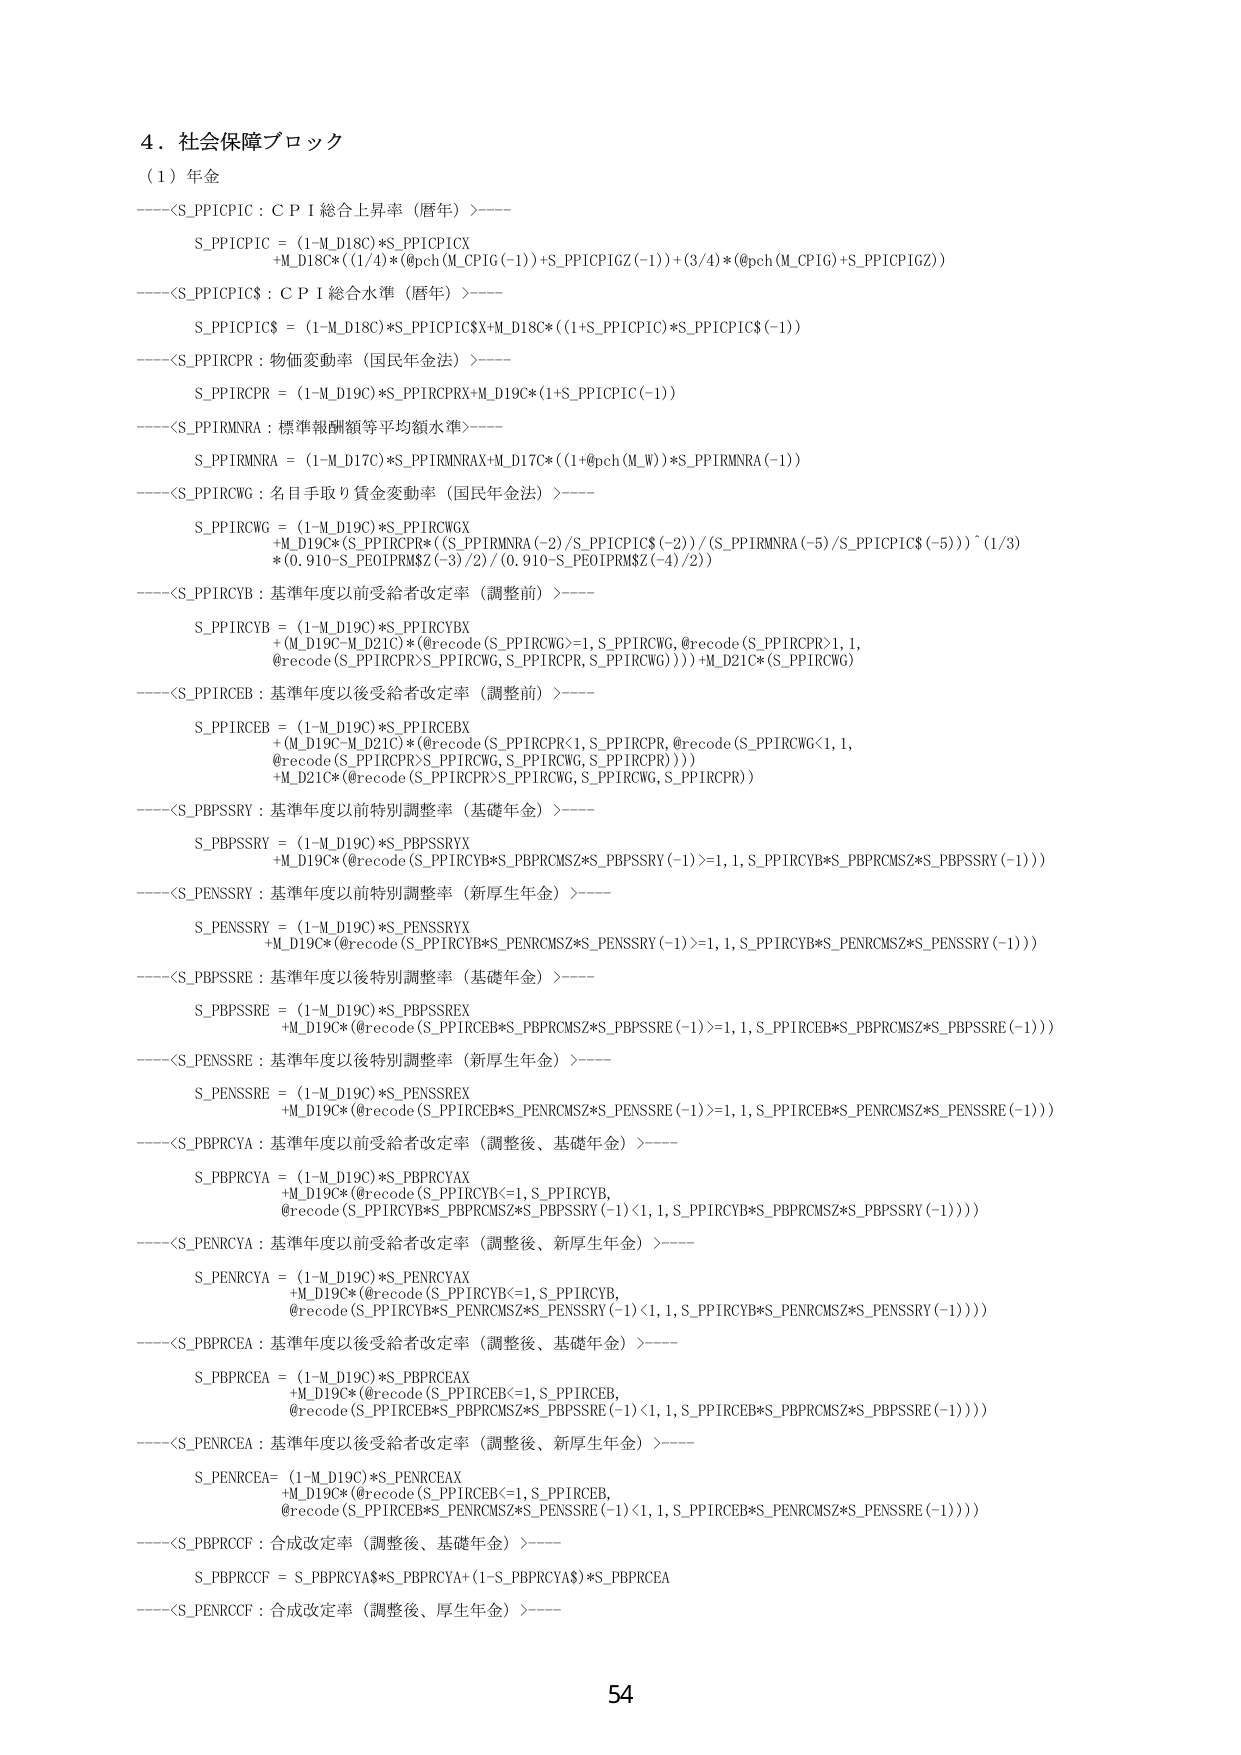
4．社会保障ブロック
（1）年金
----<S_PPICPIC：ＣＰＩ総合上昇率（暦年）>----
S_PPICPIC = (1-M_D18C)*S_PPICPICX
+M_D18C*((1/4)*(@pch(M_CPIG(-1))+S_PPICPIC1GZ(-1))+(3/4)*(@pch(M_CPIG)+S_PPICPIC1GZ))

----<S_PPICPIC$：ＣＰＩ総合水準（暦年）>----
S_PPICPIC$ = (1-M_D18C)*S_PPICPIC$X+M_D18C*((1+S_PPICPIC)*S_PPICPIC$(-1))

----<S_PPIRCPR：物価変動率（国民年金法）>----
S_PPIRCPR = (1-M_D19C)*S_PPIRCPRX+M_D19C*(1+S_PPICPIC(-1))

----<S_PPIRMNRA：標準報酬額等平均額水準>----
S_PPIRMNRA = (1-M_D17C)*S_PPIRMNMAX+M_D17C*((1+@pch(M_W))*S_PPIRMNRA(-1))

----<S_PPIRCWG：名目手取り賃金変動率（国民年金法）>----
S_PPIRCWG = (1-M_D19C)*S_PPIRCWGX
+M_D19C*(S_PPIRCPR*((S_PPIRMNRA(-2)/S_PPICPIC$(-2))/(S_PPIRMNRA(-5)/S_PPICPIC$(-5)))^(1/3)
*(0.910-S_PEO1PRMSZ(-3)/2)/(0.910-S_PEO1PRMSZ(-4)/2))

----<S_PPIRCYB：基準年度以前受給者改定率（調整前）>----
S_PPIRCYB = (1-M_D19C)*S_PPIRCYBX
+(M_D19C-M_D21C)*(@recode(S_PPIRCWG>=1,S_PPIRCWG,@recode(S_PPIRCPR>1,1,
@recode(S_PPIRCPR>S_PPIRCWG,S_PPIRCPR,S_PPIRCWG))))+M_D21C*(S_PPIRCWG)

----<S_PPIRCEB：基準年度以後受給者改定率（調整前）>----
S_PPIRCEB = (1-M_D19C)*S_PPIRCEBX
+(M_D19C-M_D21C)*(@recode(S_PPIRCPR<1,S_PPIRCPR,@recode(S_PPIRCWG<1,1,
@recode(S_PPIRCPR>S_PPIRCWG,S_PPIRCWG,S_PPIRCPR))))
+M_D21C*(@recode(S_PPIRCPR>S_PPIRCWG,S_PPIRCWG,S_PPIRCPR))

----<S_PBPSSRY：基準年度以前特別調整率（基礎年金）>----
S_PBPSSRY = (1-M_D19C)*S_PBPSSRYX
+M_D19C*(@recode(S_PPIRCYB*S_PBPRCMSZ*S_PBPSSRY(-1)>=1,1,S_PPIRCYB*S_PBPRCMSZ*S_PBPSSRY(-1)))

----<S_PENSSRY：基準年度以前特別調整率（新厚生年金）>----
S_PENSSRY = (1-M_D19C)*S_PENSSRYX
+M_D19C*(@recode(S_PPIRCYB*S_PENRCMSZ*S_PENSSRY(-1)>=1,1,S_PPIRCYB*S_PENRCMSZ*S_PENSSRY(-1)))

----<S_PBPSSRE：基準年度以後特別調整率（基礎年金）>----
S_PBPSSRE = (1-M_D19C)*S_PBPSSREX
+M_D19C*(@recode(S_PPIRCEB*S_PBPRCMSZ*S_PBPSSRE(-1)>=1,1,S_PPIRCEB*S_PBPRCMSZ*S_PBPSSRE(-1)))

----<S_PENSSRE：基準年度以後特別調整率（新厚生年金）>----
S_PENSSRE = (1-M_D19C)*S_PENSSREX
+M_D19C*(@recode(S_PPIRCEB*S_PENRCMSZ*S_PENSSRE(-1)>=1,1,S_PPIRCEB*S_PENRCMSZ*S_PENSSRE(-1)))

----<S_PBPRCYA：基準年度以前受給者改定率（調整後、基礎年金）>----
S_PBPRCYA = (1-M_D19C)*S_PBPRCYAX
+M_D19C*(@recode(S_PPIRCYB<=1,S_PPIRCYB,
@recode(S_PPIRCYB*S_PBPRCMSZ*S_PBPSSRY(-1)<1,1,S_PPIRCYB*S_PBPRCMSZ*S_PBPSSRY(-1))))

----<S_PENRCYA：基準年度以前受給者改定率（調整後、新厚生年金）>----
S_PENRCYA = (1-M_D19C)*S_PENRCYAX
+M_D19C*(@recode(S_PPIRCYB<=1,S_PPIRCYB,
@recode(S_PPIRCYB*S_PENRCMSZ*S_PENSSRY(-1)<1,1,S_PPIRCYB*S_PENRCMSZ*S_PENSSRY(-1))))

----<S_PBPRC EA：基準年度以後受給者改定率（調整後、基礎年金）>----
S_PBPRC EA = (1-M_D19C)*S_PBPRC EAX
+M_D19C*(@recode(S_PPIRCEB<=1,S_PPIRCEB,
@recode(S_PPIRCEB*S_PBPRCMSZ*S_PBPSSRE(-1)<1,1,S_PPIRCEB*S_PBPRCMSZ*S_PBPSSRE(-1))))

----<S_PENRC EA：基準年度以後受給者改定率（調整後、新厚生年金）>----
S_PENRC EA = (1-M_D19C)*S_PENRC EAX
+M_D19C*(@recode(S_PPIRCEB<=1,S_PPIRCEB,
@recode(S_PPIRCEB*S_PENRCMSZ*S_PENSSRE(-1)<1,1,S_PPIRCEB*S_PENRCMSZ*S_PENSSRE(-1))))

----<S_PBP RCCF：合成改定率（調整後、基礎年金）>----
S_PBP RCCF = S_PBPRCYA*S_PBPRCYA+(1-S_PBPRCYA)*S_PBPRC EA

----<S_PEN RCCF：合成改定率（調整後、厚生年金）>----

54